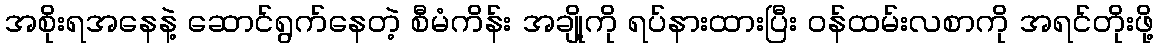
အစိုးရအနေနဲ့ ဆောင်ရွက်နေတဲ့ စီမံကိန်း အချို့ကို ရပ်နားထားပြီး ဝန်ထမ်းလစာကို အရင်တိုးဖို့